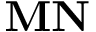
{ \bf M N }